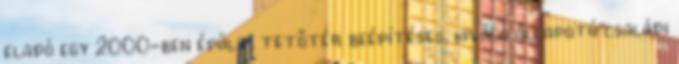
eladó egy 2000-ben épült, tetőtér beépítéses, kiváló állapotú családi